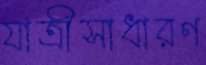
যাত্রীসাধারণ